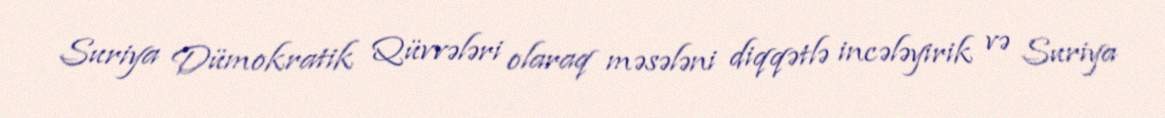
Suriya Dümokratik Qüvvələri olaraq məsələni diqqətlə incələyirik və Suriya